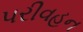
પરીવહન